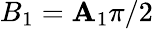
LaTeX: B_{1}=\mathbf{A}_{1}\pi/2